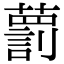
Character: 藅